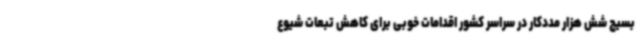
بسیج شش هزار مددکار در سراسر کشور اقدامات خوبی برای کاهش تبعات شیوع